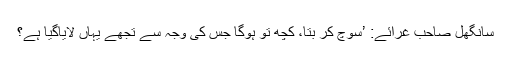
سانگھل صاحب غرائے: ’سوچ کر بتا، کچھ تو ہوگا جس کی وجہ سے تجھے یہاں لایاگیا ہے؟